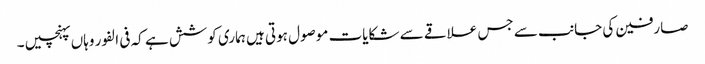
صارفین کی جانب سے جس علاقے سے شکایات موصول ہوتی ہیں ہماری کوشش ہے کہ فی الفور وہاں پہنچیں ۔